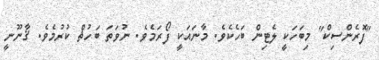
"ފޮރެންސިކް" މިބަހަކީ ލެޓިން ބަހެކެވެ. މާނައަކީ ފޯރަމެވެ. ނުވަތަ ބަހުޘް ކުރުމެވެ. ޤާނޫނީ